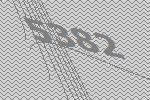
5382